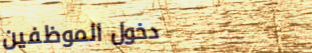
دخول الموظفين